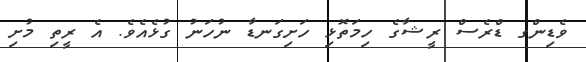
ވެޑިންގ ޑްރެސް ރީޝާގެ ހިމަތޮޅި ހަށިގަނޑާ ނުހަނު ގުޅެއެވެ. އެ ރީތި މުށި